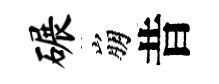
碾崩昔